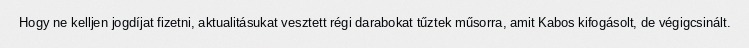
Hogy ne kelljen jogdíjat fizetni, aktualitásukat vesztett régi darabokat tűztek műsorra, amit Kabos kifogásolt, de végigcsinált.